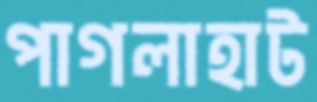
পাগলাহাট